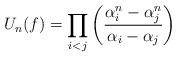
LaTeX: \begin{align*}U_{n}(f)& = \prod_{i<j}\left(\dfrac{\alpha_{i}^{n}-\alpha_{j}^{n}}{\alpha_{i}-\alpha_{j}}\right)\end{align*}